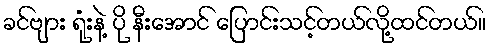
ခင်ဗျား ရုံးနဲ့ ပို နီးအောင် ပြောင်းသင့်တယ်လို့ထင်တယ်။